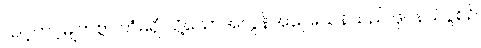
သင့်တင့်မျှတစွာ ကံမရှိ သို့သော်အလွန်အပြေးသန်သည် ဖိုင်နယ်ပွဲစဉ်